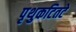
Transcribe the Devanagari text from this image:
पृथुकटितटे